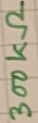
Text: 300kΩ